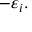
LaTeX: - \varepsilon _ { i } .